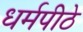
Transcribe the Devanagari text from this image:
धर्मपीठे